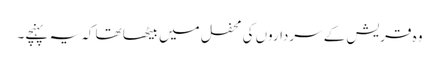
وہ قریش کے سرداروں کی محفل میں بیٹھا تھا کہ یہ پہنچے۔